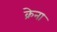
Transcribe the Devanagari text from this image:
क्रेना